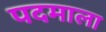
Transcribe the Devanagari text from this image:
पदमाला